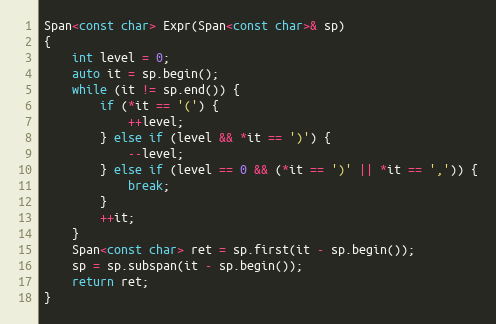
Language: C++
Span<const char> Expr(Span<const char>& sp)
{
    int level = 0;
    auto it = sp.begin();
    while (it != sp.end()) {
        if (*it == '(') {
            ++level;
        } else if (level && *it == ')') {
            --level;
        } else if (level == 0 && (*it == ')' || *it == ',')) {
            break;
        }
        ++it;
    }
    Span<const char> ret = sp.first(it - sp.begin());
    sp = sp.subspan(it - sp.begin());
    return ret;
}